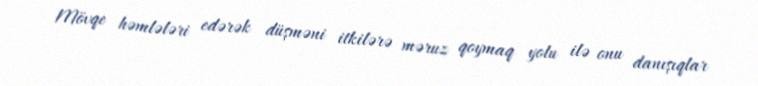
Mövqe həmlələri edərək düşməni itkilərə məruz qoymaq yolu ilə onu danışıqlar